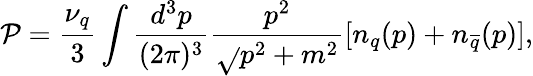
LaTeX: \mathcal{P}=\frac{{\nu_{q}}}{{3}}\int\frac{{d^{3}p}}{{(2\pi)^{3}}}\frac{{p^{2}}}{{\sqrt{}{{p^{2}+m^{2}}}}}[n_{q}(p)+n_{\overline{{{{q}}}}}(p)],